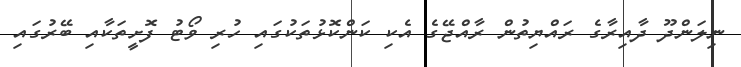
ނިލަންދޫ ދާއިރާގެ ރައްޔިތުން ރާއްޖޭގެ އެކި ކަންކޮޅުތަކުގައި ހުރި ވޯޓު ފޮށީތަކާއި ބޭރުގައި